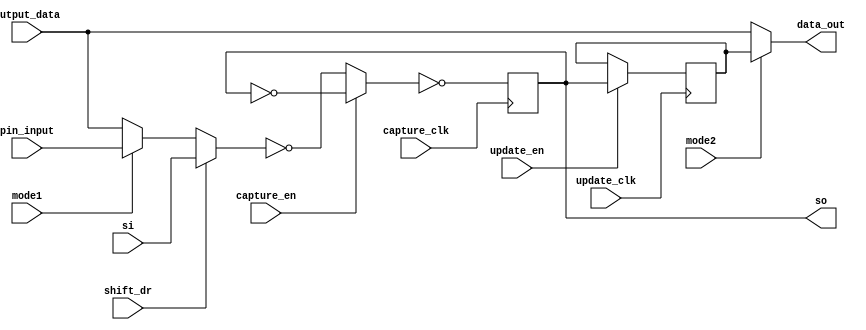

//-------------------------------------------------------------------------------------------------
//
// Title       : DW_bc_9
// Design      : Boundary Scan Cell Type BC_9
//
//-------------------------------------------------------------------------------------------------
// Description : DW_bc_9 is a boundary scan cell is an output cell that observes the signal at the 
// corresponding pin for EXTEST and observes the signal driven from the system logic for INTEST and 
// SAMPLE. It allows a connected system network both to be driven and captured at the same pin, 
// thus allowing such networks to be tested for shorts to others even when there are no other 
// connected boundary scan device pins.

//-------------------------------------------------------------------------------------------------			
module DW_bc_9 ( 
         capture_clk,  //Clocks data into the capture stage
         update_clk,   //Clocks data into the update stage
         capture_en,   //Enable for data clocked into the capture stage, active low
         update_en,    //Enable for data clocked into the update stage, active high
         shift_dr,     //Enables the boundary scan chain to shift data one stage
                       //toward its serial output (tdo)
         mode1,        //Determines whether data_out is controlled by the
                       //boundary scan cell or by the data_in signal
         mode2,        //Determines whether data_out is controlled by the
                       //boundary scan cell or by the data_in signal
         si,           //Serial path from the previous boundary scan cell
         pin_input,    //IC system input pin
         output_data,  //IC output logic signal
         data_out,     //output data
         so            //Serial path to the next boundary scan cell
)/* synthesis syn_builtin_du = "weak" */;

//Input/output declaration
input   capture_clk;
input   update_clk;
input   capture_en;
input   update_en;
input   shift_dr;
input   mode1;
input   mode2;
input   si;
input   pin_input;
input   output_data;
output  data_out;
output  so;

//Singnal declaration
reg     update_out;
reg     capt_out;

wire data_out = mode2 ? update_out : output_data;
wire update_sig = update_en ? capt_out : update_out;

always @(posedge update_clk)
  update_out <= update_sig; 

wire po_out = mode1 ? pin_input : output_data;
wire shft_out = shift_dr ? si : po_out;
wire capt_sig = capture_en ? ~capt_out : ~shft_out; 

always @(posedge capture_clk)
  capt_out <= ~capt_sig;

wire so = capt_out;

endmodule